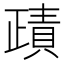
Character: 𧶷